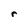
Character: r